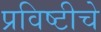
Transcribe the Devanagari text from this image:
प्रविष्टीचे